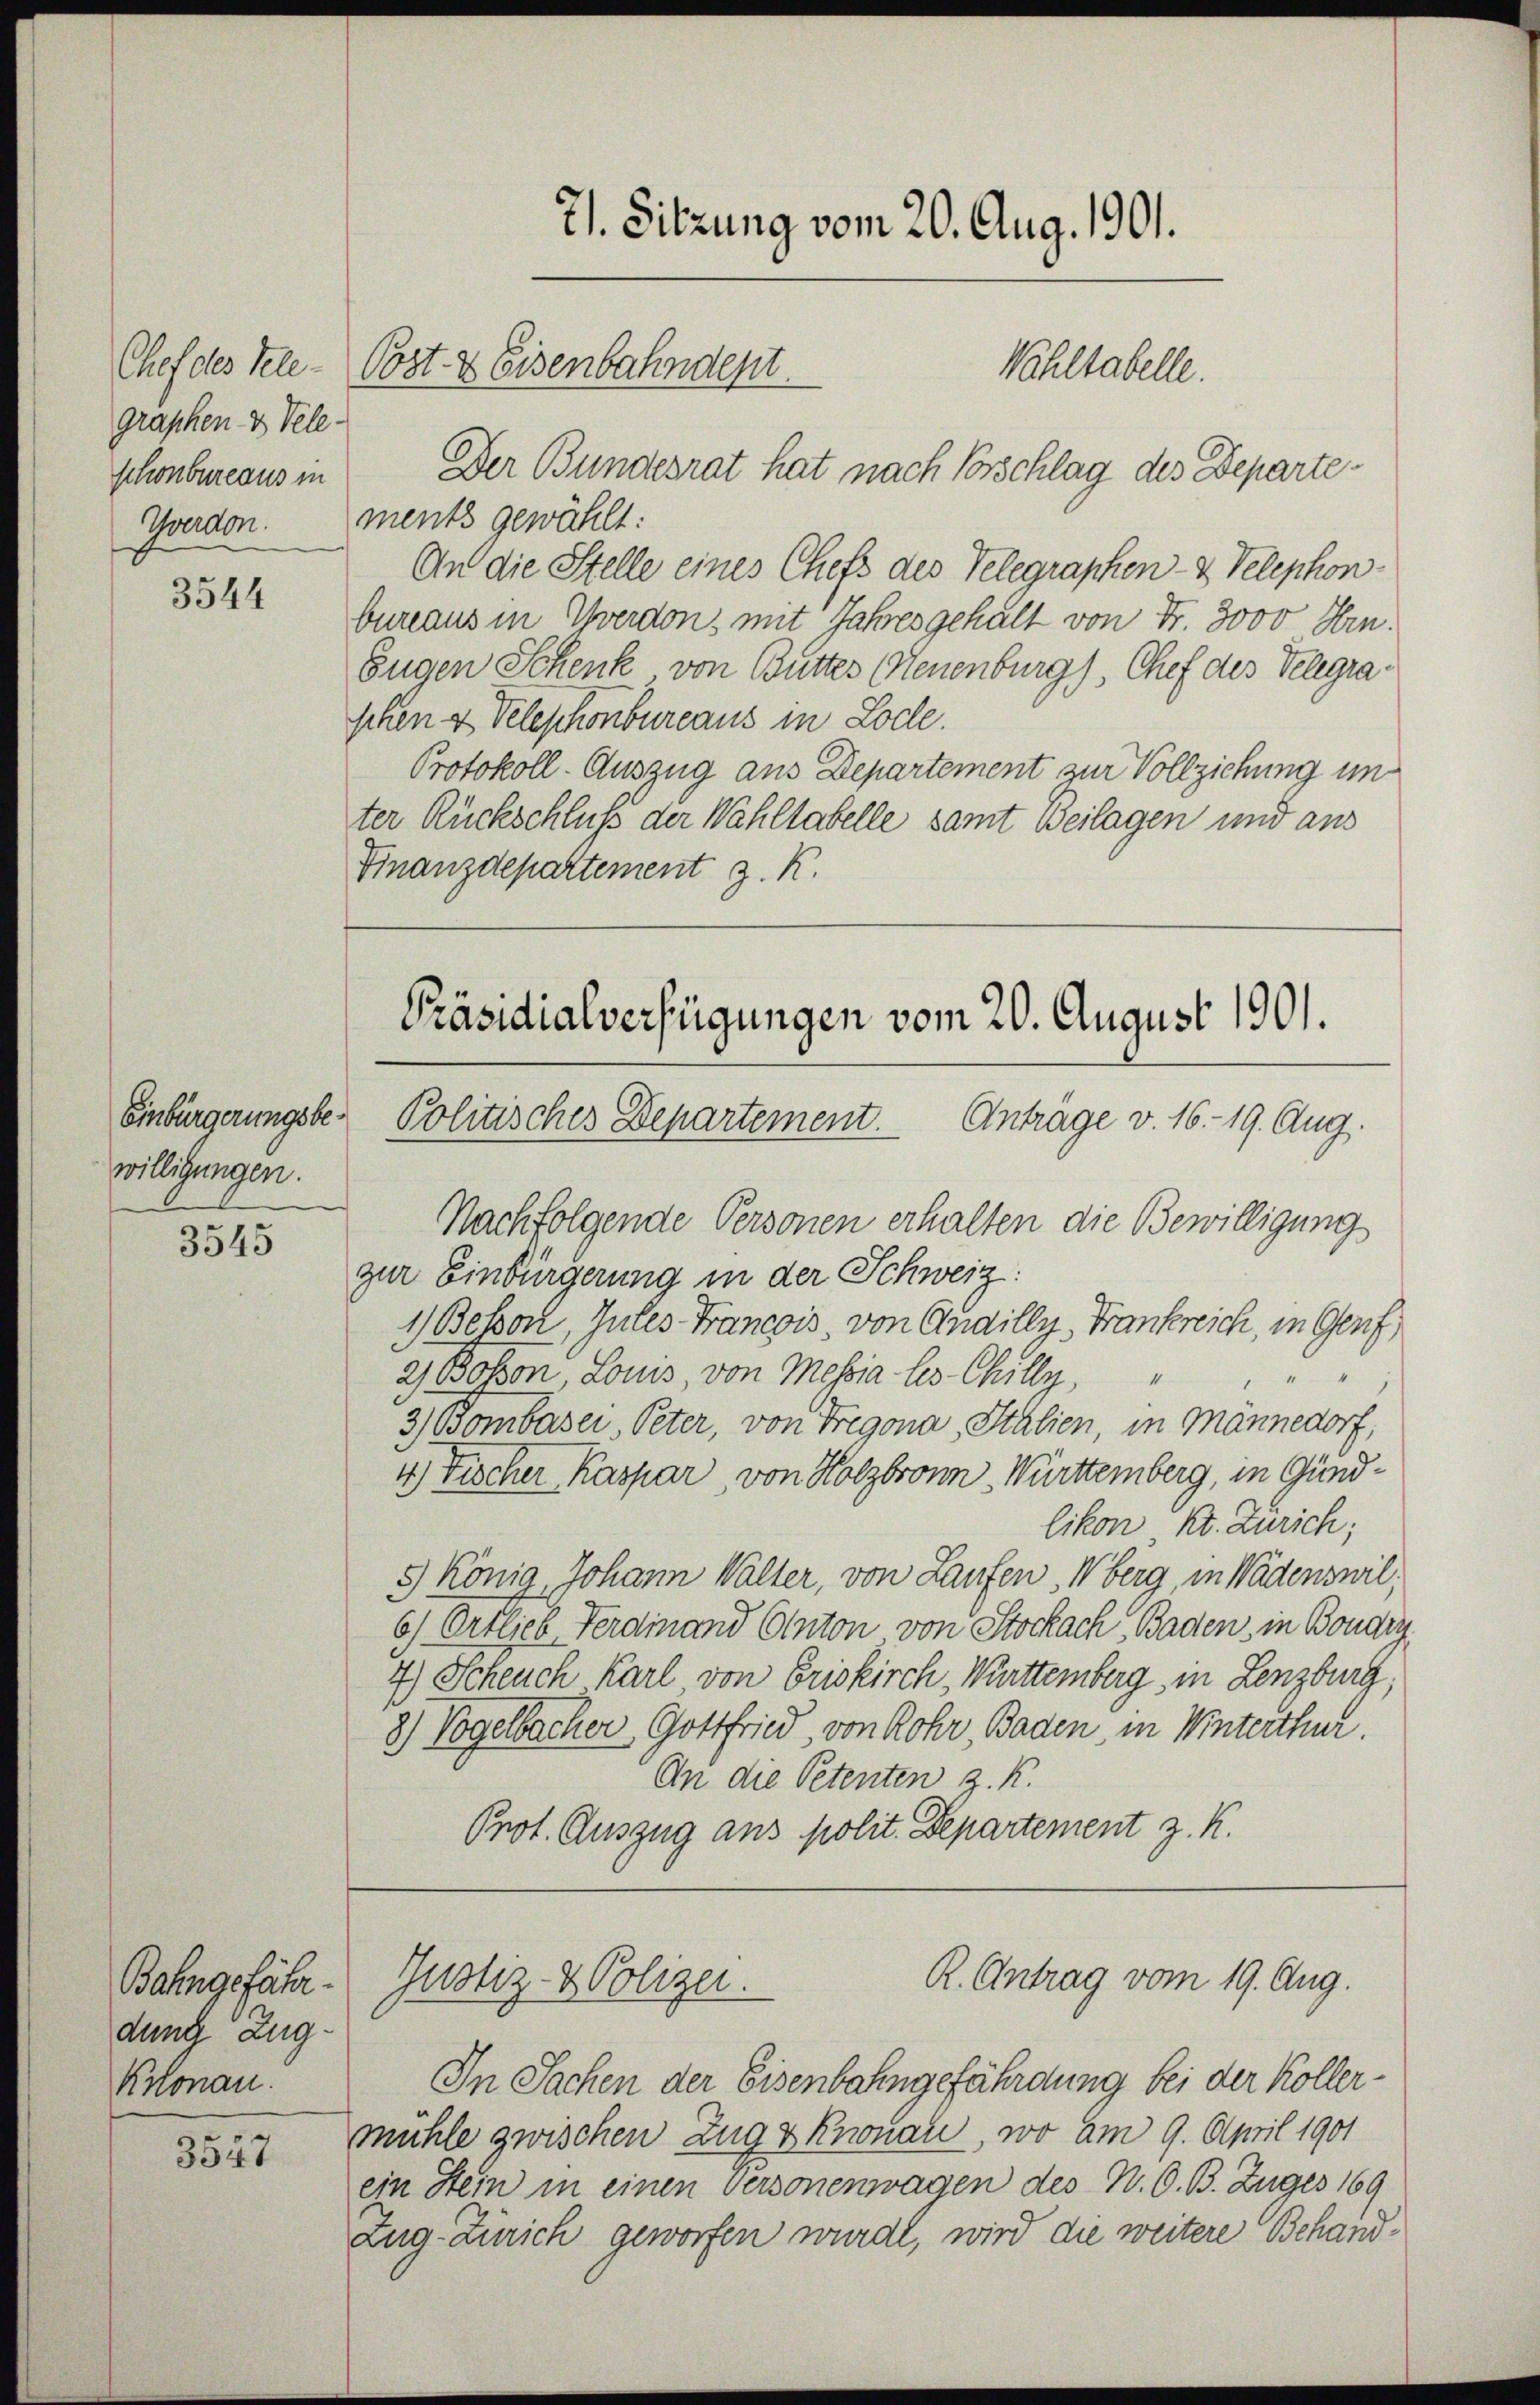
Chef des Telegraphen & Tele
schönbureaus in
Goudon.

3544

Einbürgerungsbewilligungen.

3545

Bahngefähr
dung Zug.
Kronau.

3547

ments gewählt:
An die Stelle eines Chefs des Telegraphen- & Velephon-
bureaus in Yverdon, mit Jahres gehalt von Fr. 3000 Hrn.
Eugen Schenk von Butter (Neuenburg), Chef des Telegra
schen & Velephonbureaus in Locke.
Protokoll. Auszug aus Departement zur Vollziehung im
ter Rückschluß der Wahltabelle samt Beilagen und aus
Finanzdepartement z. K.

71. Sitzung vom 20. Aug. 1901.
Post & Eisenbahndept.
Wohltabelle.

Der Bundesrat hat nach Vorschlag des Departe¬

Präsidialverfügungen vom 20. August 1901.
Politisches Departement. Antrage v. 16. 19. Aug.

Nachfolgende Personen erhalten die Bewilligung
zur Einbürgerung in der Schweiz:
1) Bebon, Gutes Francois, von Audilly, Frankreich, in Genf
2 Bohon Louis, von Messia les Chilly,
3) Bombasei, Peter, von Trigona, Italien, in Männedorf,
4) Fischer Kaspar, von Holzbronn - Württemberg, in Gundlikon, Kt. Zürich;
5.) König Johann Walter, von Laufen, Oberg, in Wädenswil¬
6) Ertlich Ferdinand Anton von Stockach, Baden, in Boudin
7) Scheuch Karl von Eriskirch, Württemberg, in Lenzburg,
8) Vogelbacher Gottfried, von Rohr, Baden, in Winterthur.
An die Petenten z. K.
Prot. Auszug aus polit. Departement z. K.

In Sachen der Eisenbahngefährdung bei der Kollermühle zwischen Zug & Knonau, wo am 9. April 1901
ein Stein in einen Versonenwagen des N. O. B. Zuges 169
Zug-Zürich geworfen wurde, wird die weitere Behand¬

R. Antrag vom 19. Aug.
Gustiz- & Polizei.